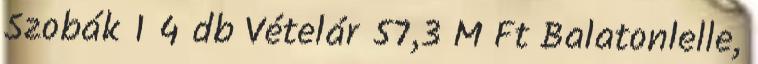
Szobák 1 4 db Vételár 57,3 M Ft Balatonlelle,